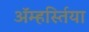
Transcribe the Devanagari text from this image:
ॲम्हर्स्तिया